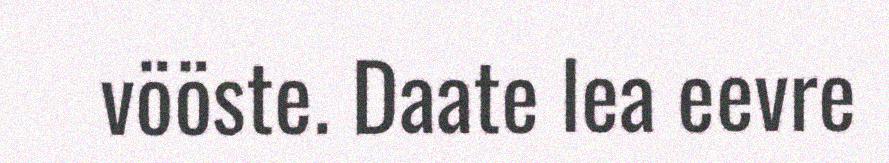
vööste. Daate lea eevre